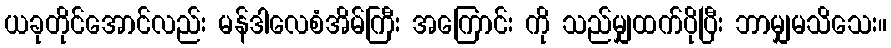
ယခုတိုင်အောင်လည်း မန်ဒါလေစံအိမ်ကြီး အကြောင်း ကို သည်မျှထက်ပိုပြီး ဘာမျှမသိသေး။